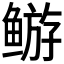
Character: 𬶦